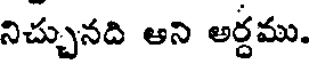
నిచ్చునది అని అర్ధము.